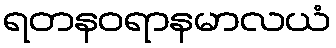
ရတနဝရာနမာလယံ